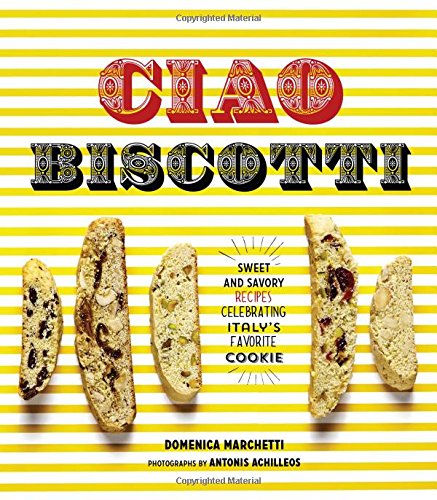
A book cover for Ciao Biscotti: Sweet and Savory Recipes for Celebrating Italy's Favorite Cookie; Domenica Marchetti; Cookbooks, Food & Wine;